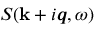
S ( { \bf k } + i \mathbfit { q } , \omega )